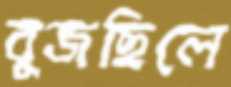
বুজছিলে